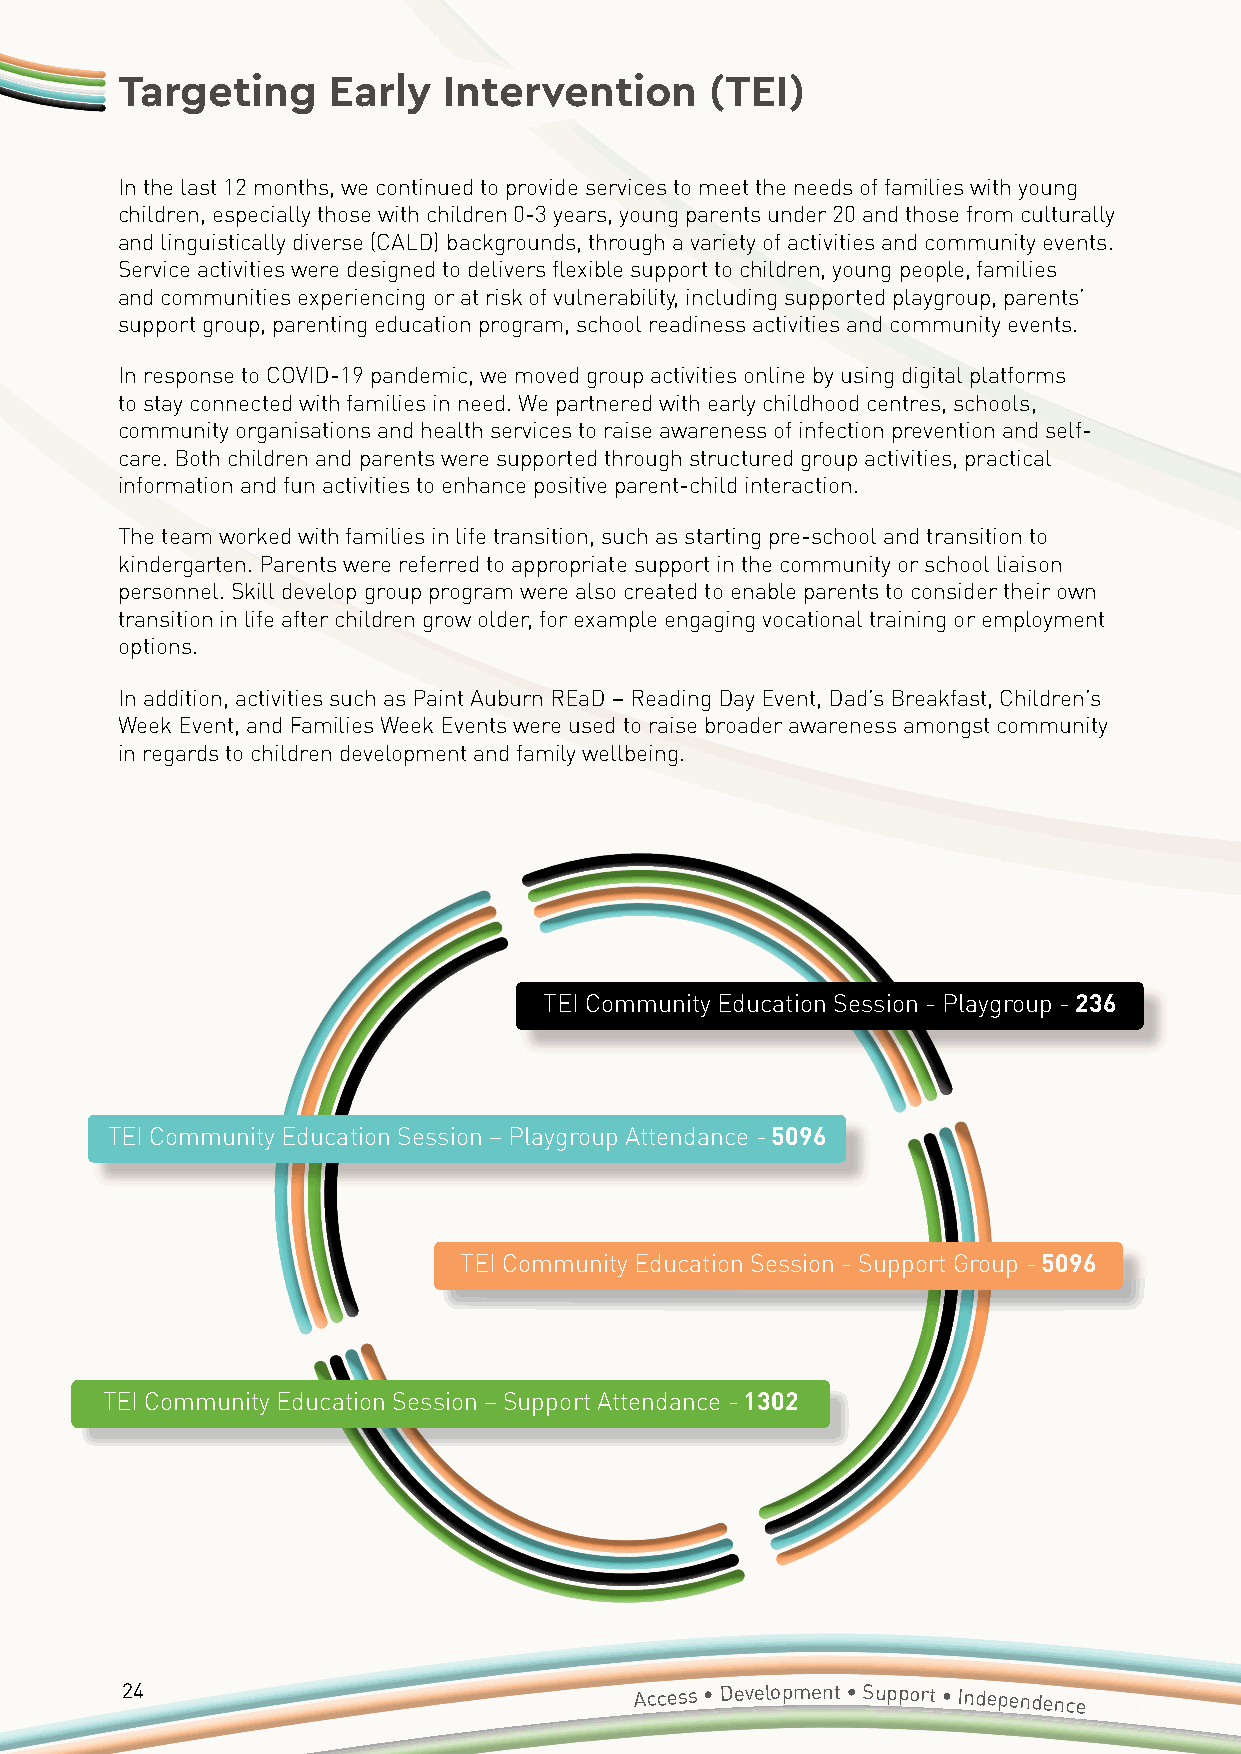
Targeting     Early  Intervention      (TEI)
 In the last 12 months, we continued to provide services to meet the needs of families with young
 children, especially those with children 0-3 years, young parents under 20 and those from culturally
 and linguistically diverse (CALD) backgrounds, through a variety of activities and community events.
 Service activities were designed to delivers flexible support to children, young people, families
 and communities experiencing or at risk of vulnerability, including supported playgroup, parents’
 support group, parenting education program, school readiness activities and community events.
 In response to COVID-19 pandemic, we moved group activities online by using digital platforms
 to stay connected with families in need. We partnered with early childhood centres, schools,
 community organisations and health services to raise awareness of infection prevention and self-
 care. Both children and parents were supported through structured group activities, practical
 information and fun activities to enhance positive parent-child interaction.
 The team worked with families in life transition, such as starting pre-school and transition to
 kindergarten. Parents were referred to appropriate support in the community or school liaison
 personnel. Skill develop group program were also created to enable parents to consider their own
 transition in life after children grow older, for example engaging vocational training or employment
 options.
 In addition, activities such as Paint Auburn REaD – Reading Day Event, Dad’s Breakfast, Children’s
 Week Event, and Families Week Events were used to raise broader awareness amongst community
 in regards to children development and family wellbeing.
 TEI Community Education Session - Playgroup - 236
 TEI Community Education Session – Playgroup Attendance - 5096
 TEI Community Education Session - Support Group - 5096
 TEI Community Education Session – Support Attendance - 1302
 24                                Access • Development • Support • Independence
 Annual
 Report 2020/2021 • Accessible Diversity Services Initiative
 Limited